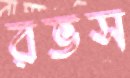
রভস